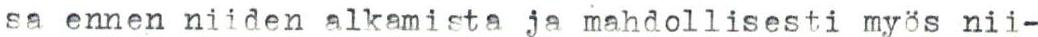
sa ennen niiden alkamista ja mahdollisesti myös nii-